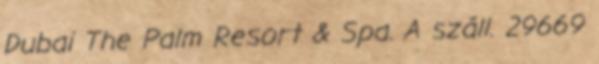
Dubai The Palm Resort & Spa. A száll. 29669